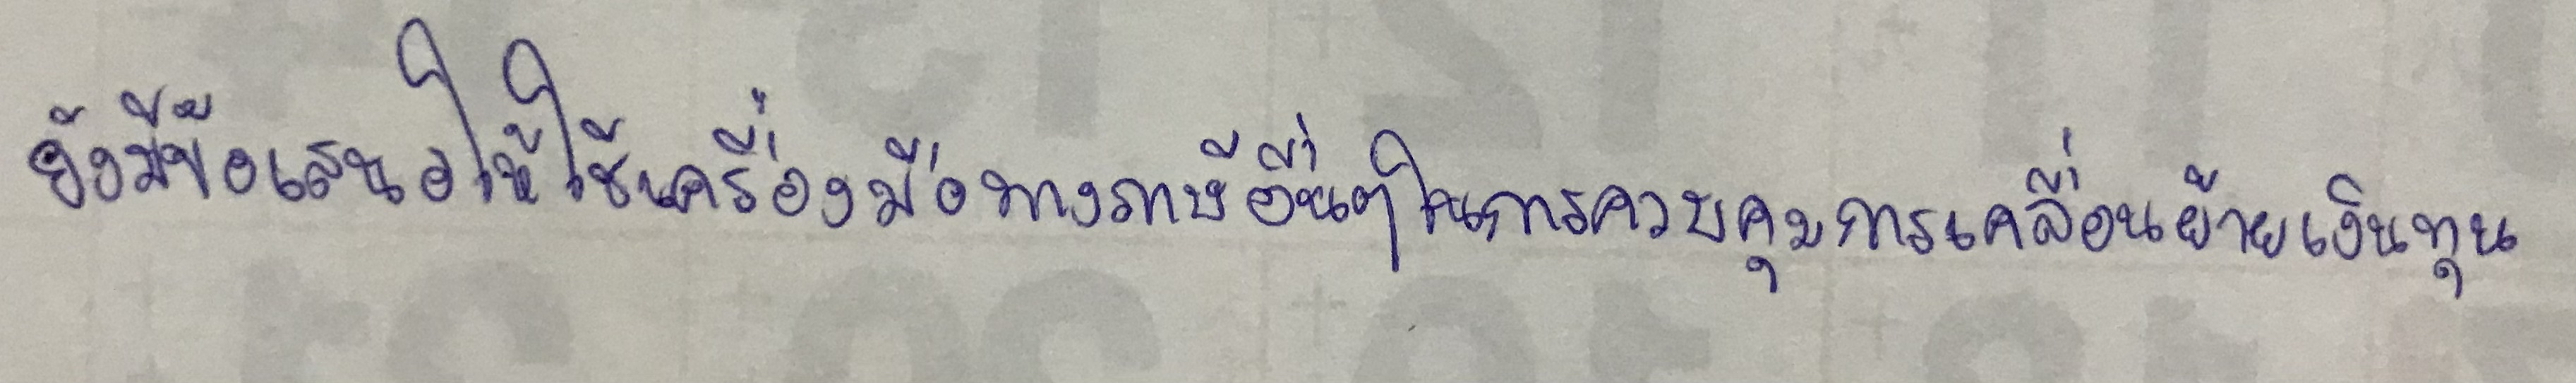
ยังมีข้อเสนอให้ใช้เครื่องมือทางภาษีอื่นๆในการควบคุมการเคลื่อนย้ายเงินทุน